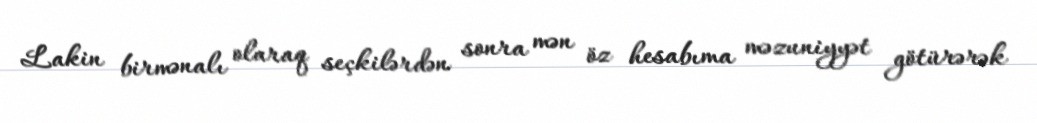
Lakin birmənalı olaraq seçkilərdən sonra mən öz hesabıma məzuniyyət götürərək